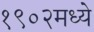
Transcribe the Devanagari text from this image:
१९०२मध्ये